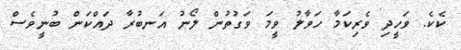
ކެކެ. ވަހީދި ވެރިކަމާ ހަވާލު ވީމަ ވަގުތުން ލޯނު އަނބުރާ ދައްކަން ބުނީވެސް